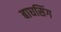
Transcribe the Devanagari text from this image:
बाघसिंग